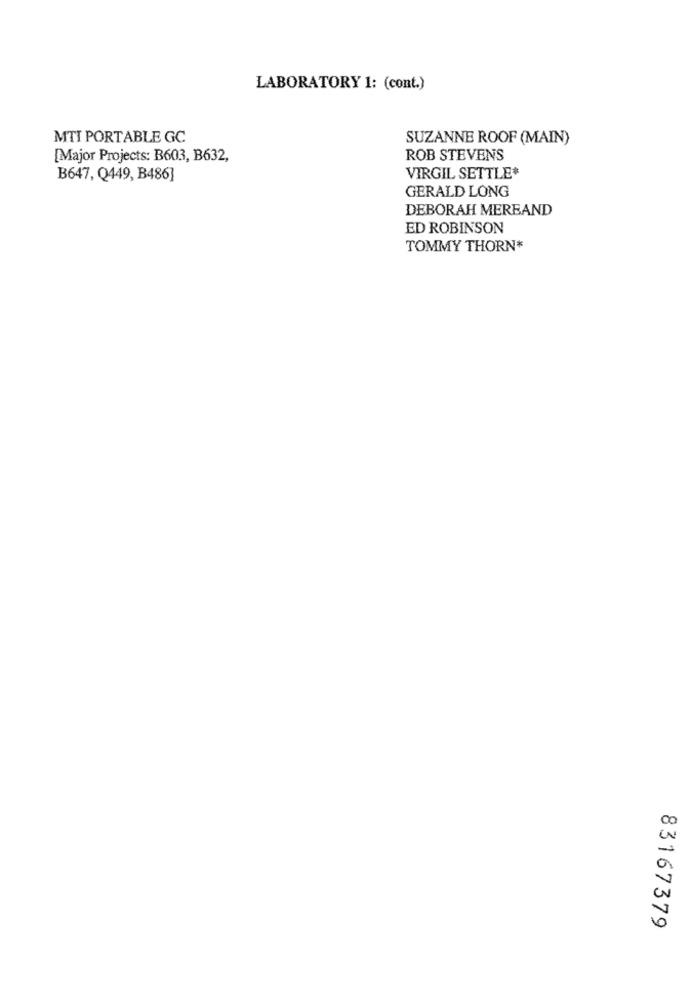
LABORATORY 1: (cont.)
MTI PORTABLE GC
SUZANNE ROOF (MAIN)
[Major Projects: B603, B632,
ROB STEVENS
B647, Q449, B486]
VIRGIL SETTLE*
GERALD LONG
DEBORAH MEREAND
ED ROBINSON
TOMMY THORN*
83167379